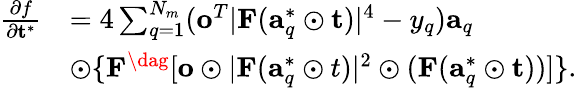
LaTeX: \begin{array}{rl}{\frac{\partial f}{\partial\mathbf{t}^{*}}}&{=4\sum_{q=1}^{N_{m}}(\mathbf{o}^{T}\lvert\mathbf{F}(\mathbf{a}_{q}^{*}\odot\mathbf{t})\rvert^{4}-y_{q})\mathbf{a}_{q}}\\ &{\odot\{ \mathbf{F}^{\dag}[\mathbf{o}\odot\lvert\mathbf{F}(\mathbf{a}_{q}^{*}\odot t)\rvert^{2}\odot(\mathbf{F}(\mathbf{a}_{q}^{*}\odot\mathbf{t}))]\} .}\end{array}